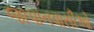
જાપાનવાસીઓ